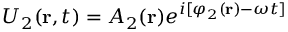
U _ { 2 } ( \mathbf { r } , t ) = A _ { 2 } ( \mathbf { r } ) e ^ { i [ \varphi _ { 2 } ( \mathbf { r } ) - \omega t ] }